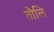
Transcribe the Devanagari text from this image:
तौलि